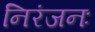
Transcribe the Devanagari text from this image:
निरंजनः